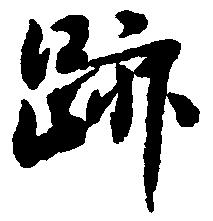
跡